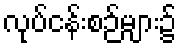
လုပ်ငန်းစဉ်များ၌